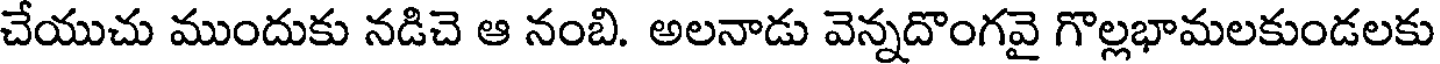
చేయుచు ముందుకు నడిచె ఆ నంబి. అలనాడు వెన్నదొంగవై గొల్లభామలకుండలకు